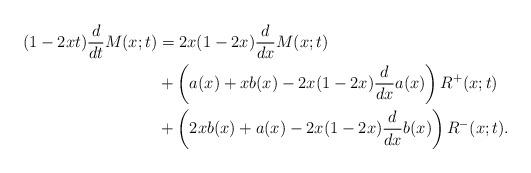
LaTeX: \begin{align*}(1-2xt)\frac{d}{dt}M(x;t)&=2x(1-2x)\frac{d}{dx}M(x;t)\\&+\left(a(x)+xb(x)-2x(1-2x)\frac{d}{dx}a(x)\right)R^+(x;t)\\&+\left(2xb(x)+a(x)-2x(1-2x)\frac{d}{dx}b(x)\right)R^-(x;t).\end{align*}